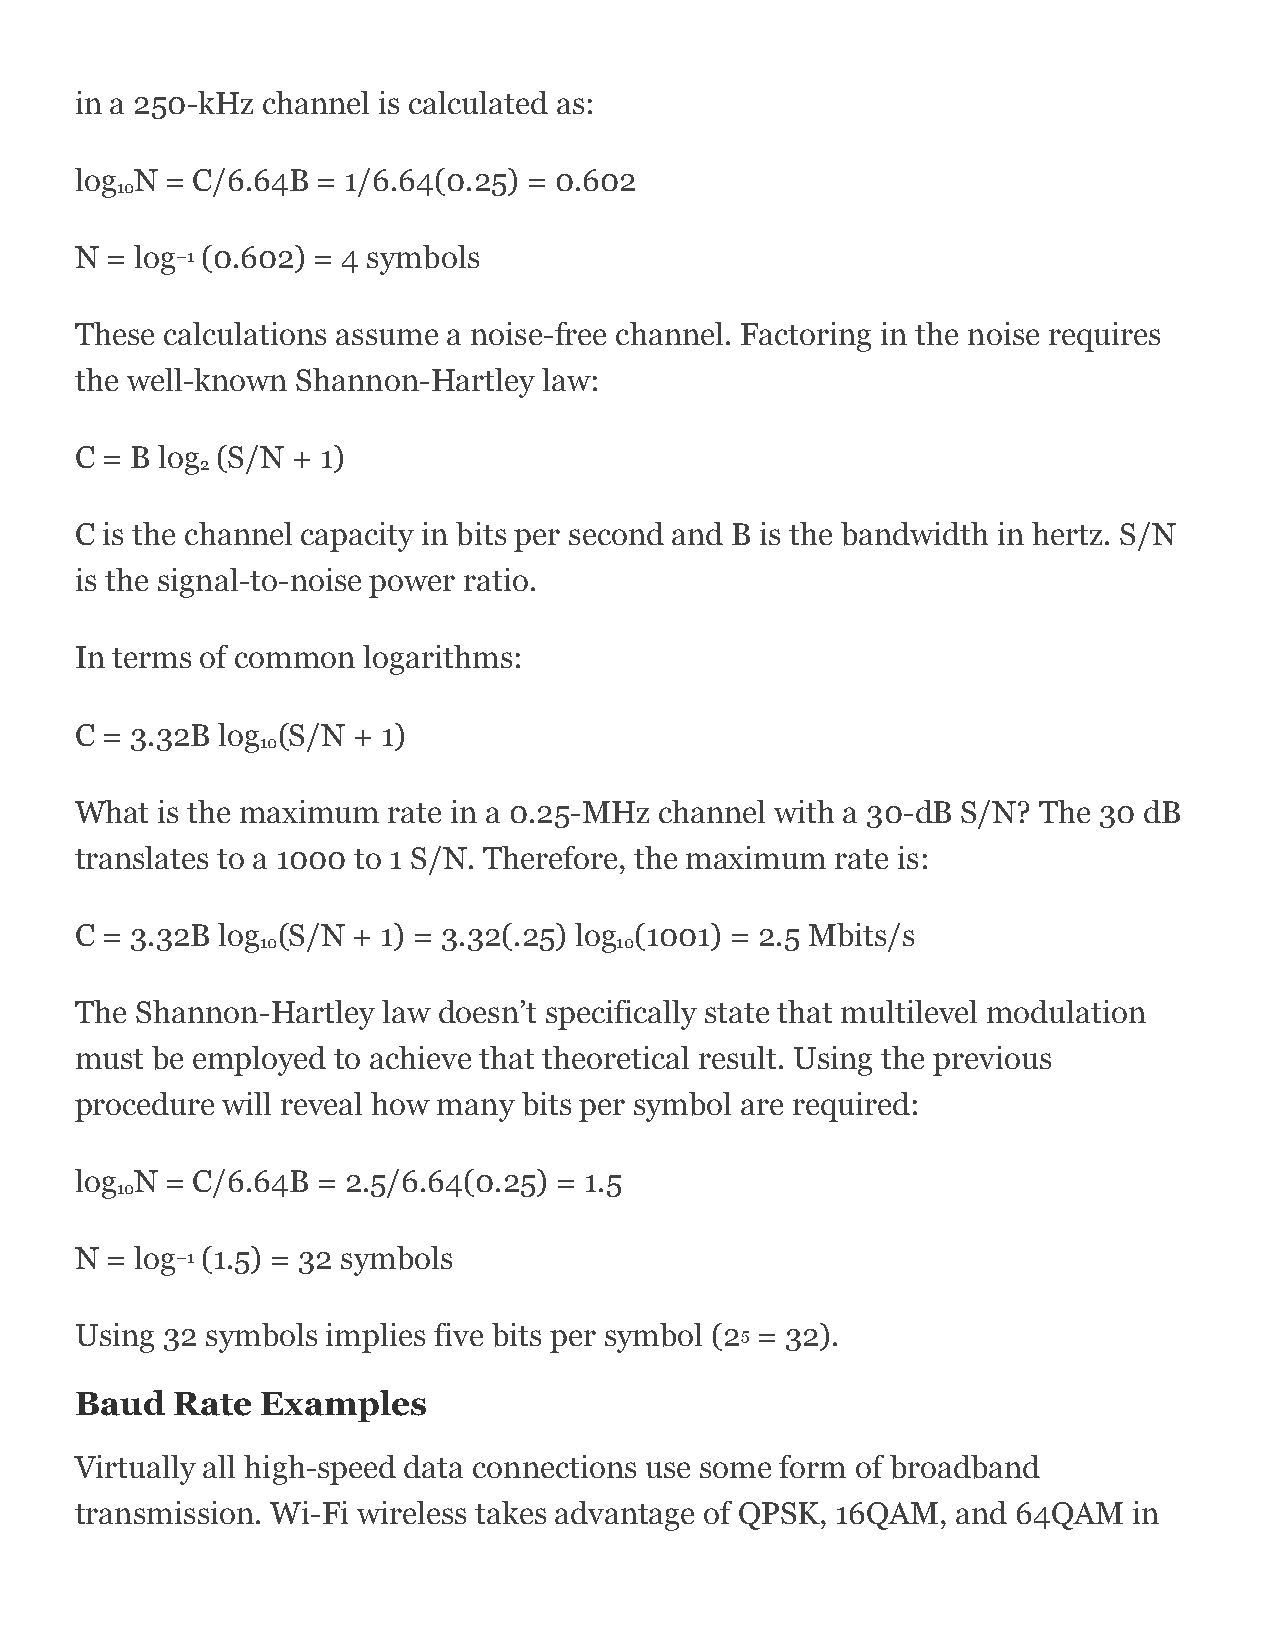
in a 250-kHz channel is calculated as:
 log N = C/6.64B = 1/6.64(0.25) = 0.602
 10
 N = log–1 (0.602) = 4 symbols
 These calculations assume a noise-free channel. Factoring in the noise requires
 the well-known Shannon-Hartley law:
 C = B log (S/N + 1)
 2
 C is the channel capacity in bits per second and B is the bandwidth in hertz. S/N
 is the signal-to-noise power ratio.
 In terms of common logarithms:
 C = 3.32B log (S/N + 1)
 10
 What is the maximum  rate in a 0.25-MHz channel with a 30-dB S/N? The 30 dB
 translates to a 1000 to 1 S/N. Therefore, the maximum rate is:
 C = 3.32B log (S/N + 1) = 3.32(.25) log (1001) = 2.5 Mbits/s
 10                      10
 The Shannon-Hartley law doesn’t specifically state that multilevel modulation
 must be employed to achieve that theoretical result. Using the previous
 procedure will reveal how many bits per symbol are required:
 log N = C/6.64B = 2.5/6.64(0.25) = 1.5
 10
 N = log–1 (1.5) = 32 symbols
 Using 32 symbols implies five bits per symbol (25 = 32).
 Baud  Rate  Examples
 Virtually all high-speed data connections use some form of broadband
 transmission. Wi-Fi wireless takes advantage of QPSK, 16QAM, and 64QAM in